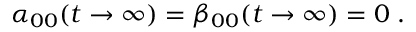
\alpha _ { 0 0 } ( t \to \infty ) = \beta _ { 0 0 } ( t \to \infty ) = 0 \; .